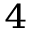
^ 4